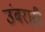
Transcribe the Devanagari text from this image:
उंबरारी